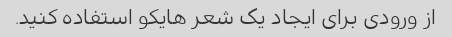
از ورودی برای ایجاد یک شعر هایکو استفاده کنید.